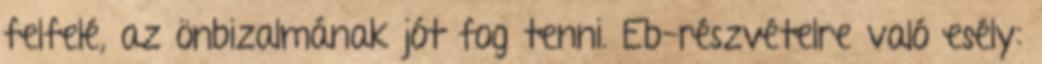
felfelé, az önbizalmának jót fog tenni. Eb-részvételre való esély: